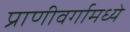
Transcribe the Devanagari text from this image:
प्राणीवर्गामध्ये